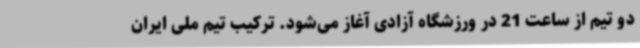
دو تیم از ساعت 21 در ورزشگاه آزادی آغاز می‌شود. ترکیب تیم ملی ایران